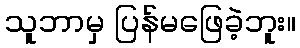
သူဘာမှ ပြန်မဖြေခဲ့ဘူး။